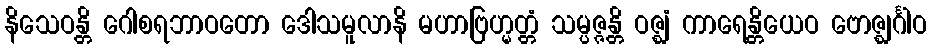
နိသေဝန္တိ ဂေါစရဘာဝတော ဒေါသမူလာနိ မဟာဗြဟ္မတ္တံ သမ္ပဇ္ဇန္တိ ဝဇ္ဈံ ကာရေန္တိယေဝ ဗောဇ္ဈင်္ဂါဝ